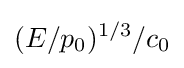
(E/p_{0})^{1/3}/c_{0}